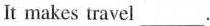
It makes travel___.